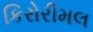
કિરોરીમલ